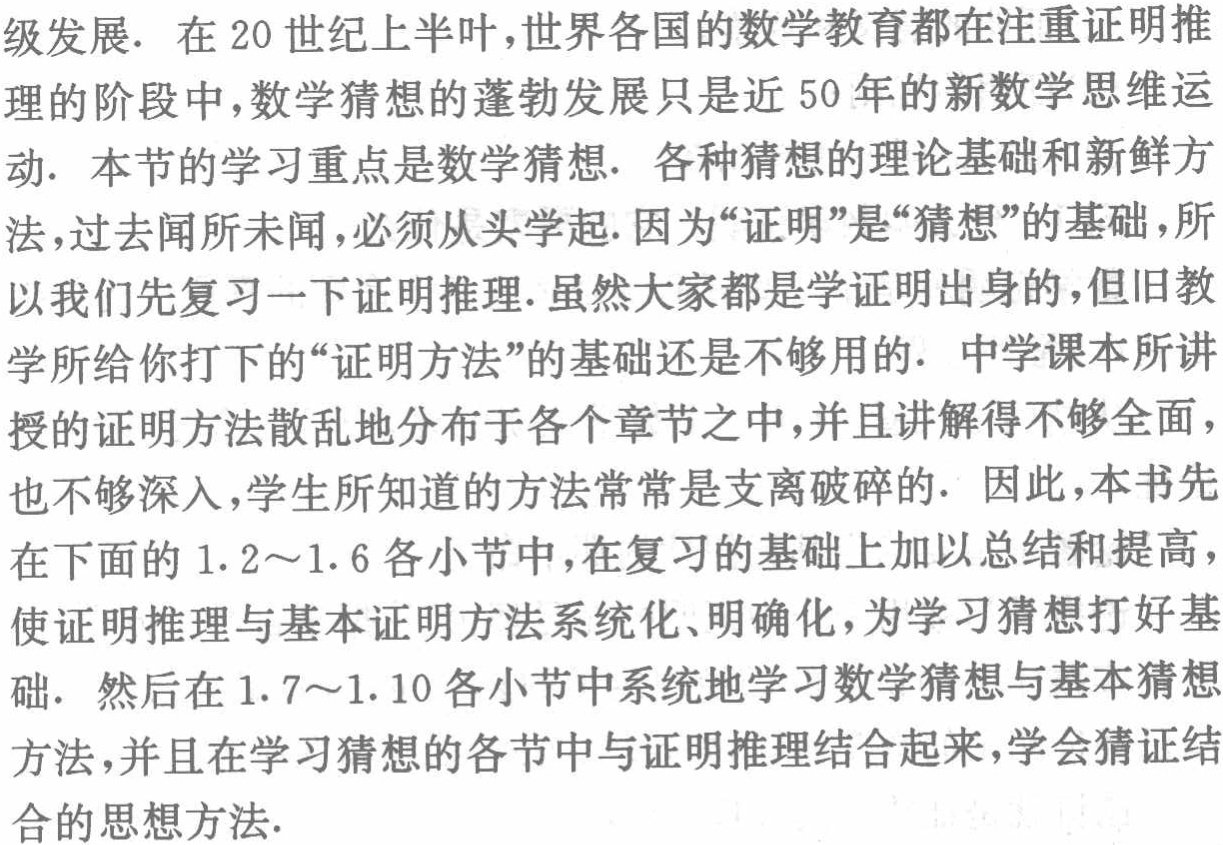
级发展. 在20世纪上半叶,世界各国的数学教育都在注重证明推

理的阶段中,数学猜想的蓬勃发展只是近50年的新数学思维运

动. 本节的学习重点是数学猜想. 各种猜想的理论基础和新鲜方

法,过去闻所未闻,必须从头学起.因为“证明”是“猜想”的基础,所

以我们先复习一下证明推理.虽然大家都是学证明出身的,但旧教

学所给你打下的“证明方法”的基础还是不够用的. 中学课本所讲

授的证明方法散乱地分布于各个章节之中,并且讲解得不够全面,

也不够深入,学生所知道的方法常常是支离破碎的. 因此,本书先

在下面的1.2～1.6各小节中,在复习的基础上加以总结和提高,

使证明推理与基本证明方法系统化、明确化,为学习猜想打好基

础. 然后在1.7～1.10各小节中系统地学习数学猜想与基本猜想

方法,并且在学习猜想的各节中与证明推理结合起来,学会猜证结

合的思想方法.